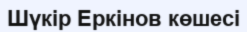
Шүкір Еркінов көшесі